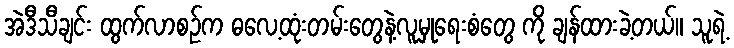
အဲဒီသီချင်း ထွက်လာစဉ်က ဓလေ့ထုံးတမ်းတွေနဲ့လူမှုရေးစံတွေ ကို ချန်ထားခဲ့တယ်။ သူရဲ့